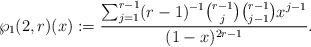
LaTeX: \begin{align*}\wp_1(2,r)(x):=\frac{\sum_{j=1}^{r-1}(r-1)^{-1}\binom{r-1}{j}\binom{r-1}{j-1}x^{j-1}}{(1-x)^{2r-1}}.\end{align*}